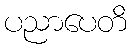
ပညာပေတိ